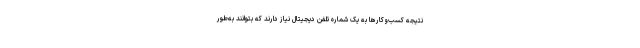
نتیجه کسب‌وکارها به یک شماره تلفن دیجیتال نیاز دارند که بتوانند به‌طور